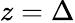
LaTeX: z=\Delta